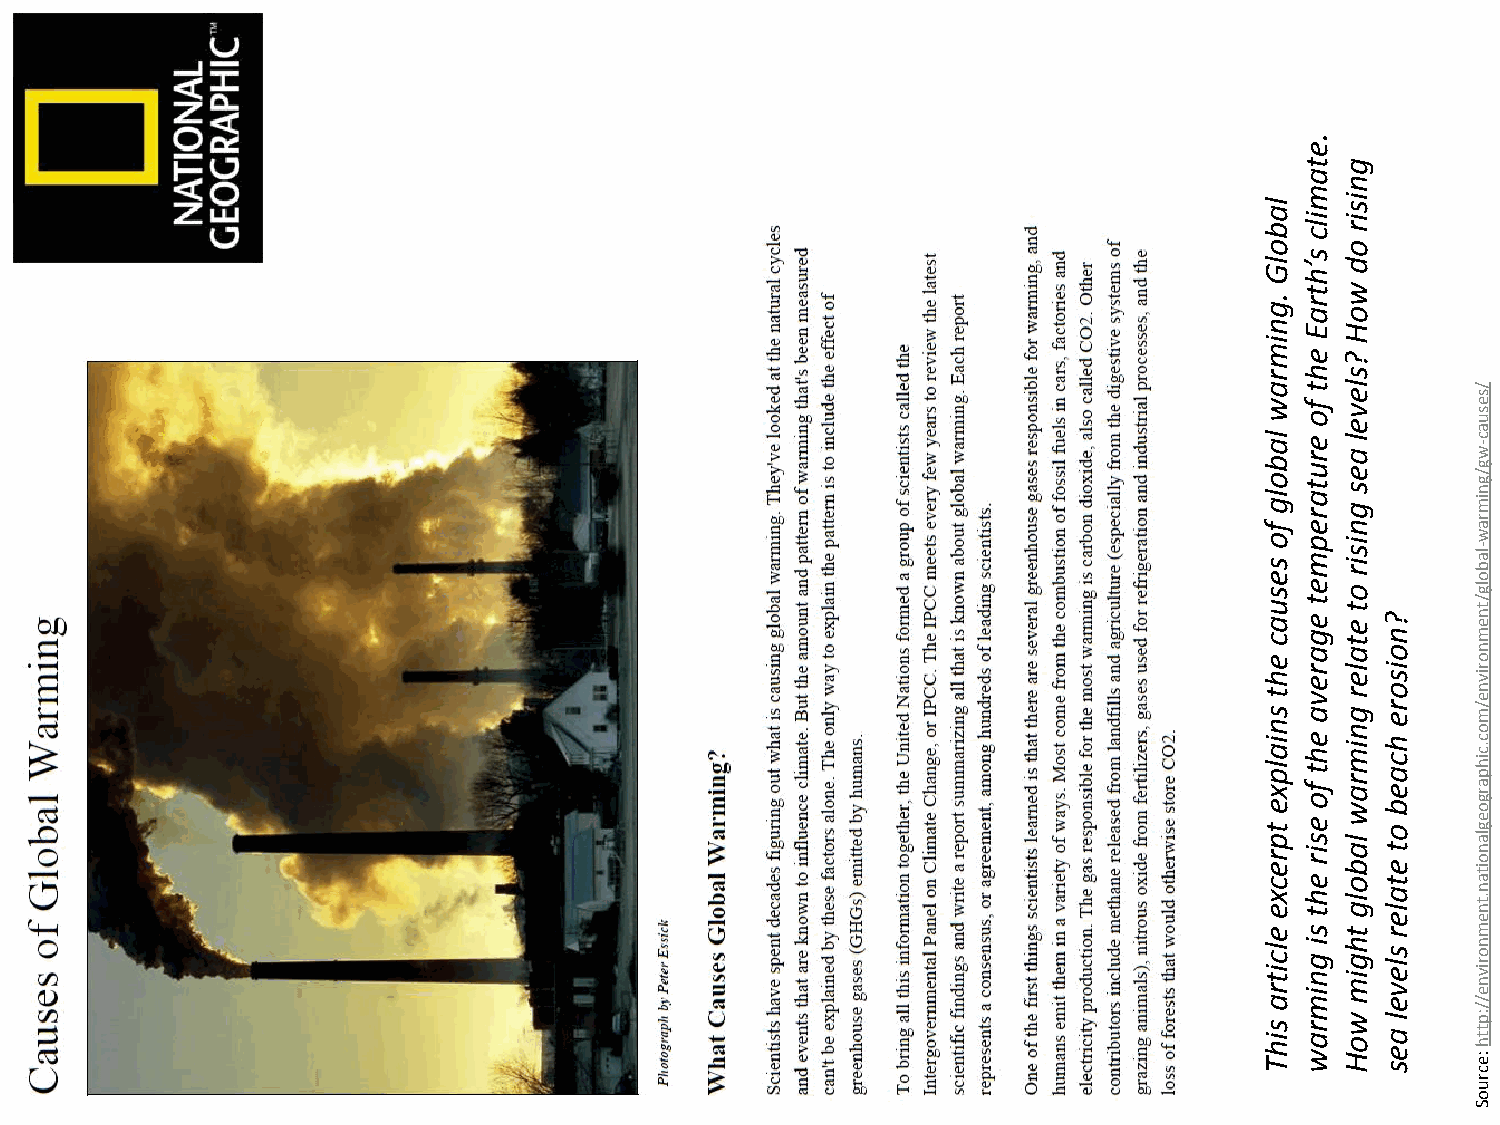
.
 e
 t  g
 a
 n
 l a b
 m
 i l c i s i r
 o    o
 s
 l G ’ h d
 t  w
 . g r a o
 n E  H
 i
 m e  ?
 r h  s
 a
 w
 l a b o
 l g
 t
 f o
 e r u t
 a
 l e
 v e
 l a e s
 g
 w g / g
 n/ s
 ime s u a
 c -
 f r e n       r a
 o s e
 s
 p m
 e
 i s i r
 o
 la b o lgw -
 u
 a
 t
 e
 t
 e ?
 / tn
 e
 c g  t n      m
 e a  a o      n o
 h r e l e i s r iv
 t
 s
 v
 a
 r
 g
 o
 r e
 n e
 / m
 n
 i a l p x
 e
 e h f ot
 n
 i m r a
 w
 h c a e
 b
 o
 c .c ih p a r
 g o
 t
 p
 r e
 c x
 e
 e
 e
 s
 i r
 e h
 t
 s
 l
 a b
 o l
 g
 t
 o
 t e
 t a
 l e
 r
 e g
 la
 n o it
 a n .tn
 e
 m
 l c i t r i g n i h g i m s l e v n o r iv n e
 a m    e      /
 s i h T r a w
 w
 o H
 l
 a e s
 :e/
 c:p
 t th
 r
 u
 o
 S